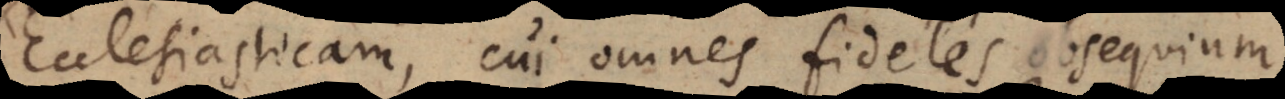
Ecclesiasticam, cui omnes fideles obsequium